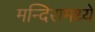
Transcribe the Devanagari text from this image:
मन्दिरामध्ये